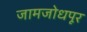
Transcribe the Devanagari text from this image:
जामजोधपूर